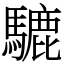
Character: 騼